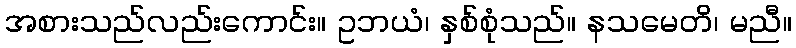
အစားသည်လည်းကောင်း။ ဥဘယံ၊ နှစ်စုံသည်။ နသမေတိ၊ မညီ။